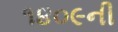
૧૪૦૯ની